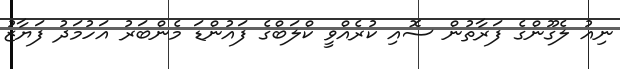
ނިއު ލެގޫންގެ ފަރާތުން ސޮއި ކުރެއްވީ ކްލަބްގެ ފައުންޑަ މެންބަރު އަހުމަދު ފަޔާޒު